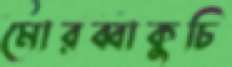
মোরব্বাকুচি